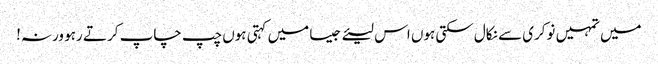
میں تمہیں نوکری سے نکال سکتی ہوں اس لیئے جیسا میں کہتی ہوں چپ چاپ کر تے رہو ورنہ!